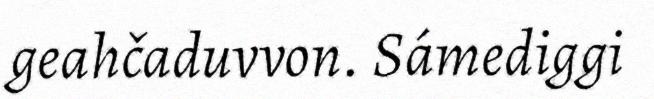
geahčaduvvon. Sámediggi